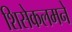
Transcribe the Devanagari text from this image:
शिसेकलमने